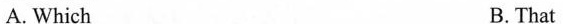
A. Which B.That